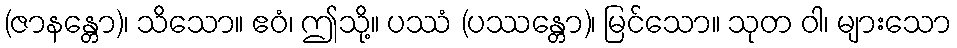
(ဇာနန္တော)၊ သိသော။ ဧဝံ၊ ဤသို့။ ပဿံ (ပဿန္တော)၊ မြင်သော။ သုတ ဝါ၊ များသော